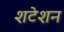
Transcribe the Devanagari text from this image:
शटेशन